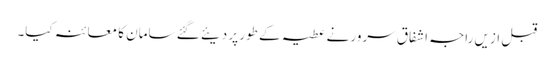
قبل ازیں راجہ اشفاق سرور نے عطیہ کے طور پر دیئے گئے سامان کا معائنہ کیا۔